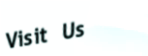
Visit Us